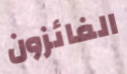
الفائزون